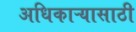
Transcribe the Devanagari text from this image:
अधिकाऱ्यासाठी